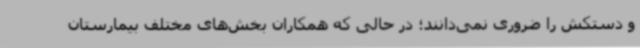
و دستکش را ضروری نمی‌دانند؛ در حالی که همکاران بخش‌های مختلف بیمارستان